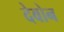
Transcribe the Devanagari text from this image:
देवोन